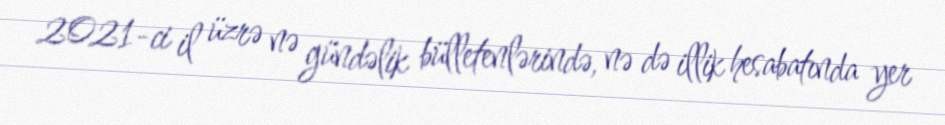
2021-ci il üzrə nə gündəlik bülletenlərində, nə də illik hesabatında yer